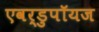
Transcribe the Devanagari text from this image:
एवर्डुपॉयज